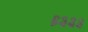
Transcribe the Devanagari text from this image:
६३३३